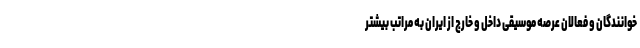
خوانندگان و فعالان عرصه موسیقی داخل و خارج از ایران به مراتب بیشتر